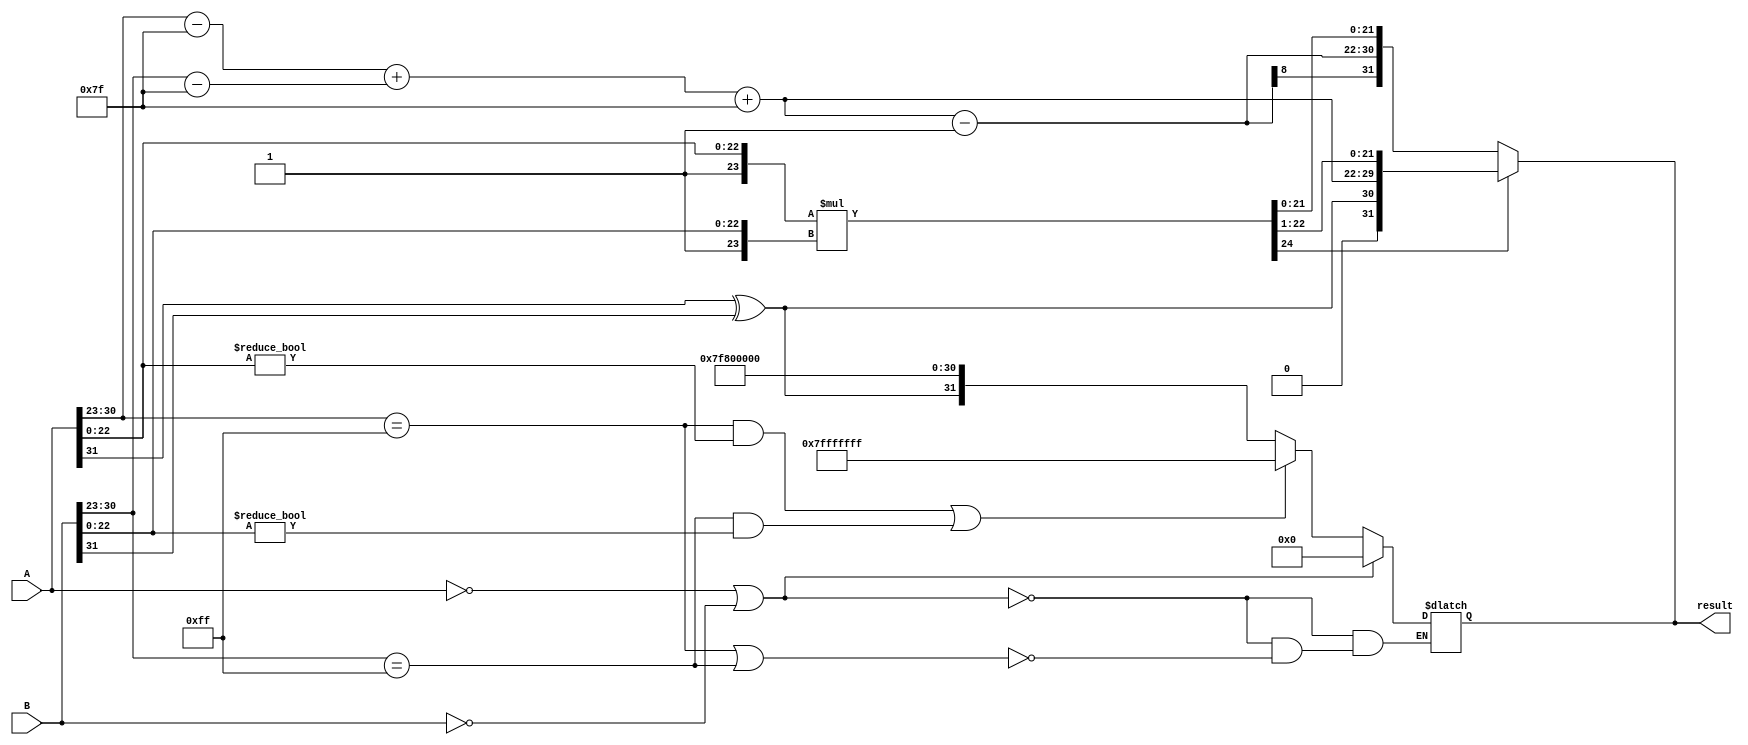
module fp_multiplier (
    input  wire [31:0] A,  // First floating-point number
    input  wire [31:0] B,  // Second floating-point number
    output reg  [31:0] result // Resulting floating-point number
);

    // Constants
    parameter BIAS = 8'd127;
    parameter EXPONENT_WIDTH = 8;
    parameter MANTISSA_WIDTH = 23;

    // Internal signals
    wire sign_A, sign_B, sign_result;
    wire [EXPONENT_WIDTH-1:0] exponent_A, exponent_B, exponent_result;
    wire [MANTISSA_WIDTH-1:0] mantissa_A, mantissa_B;
    wire [MANTISSA_WIDTH+1:0] mantissa_result; // 24 bits to accommodate normalization
    wire [7:0] exponent_adjusted_A, exponent_adjusted_B;
    wire [7:0] exponent_raw_result;

    // Extract sign, exponent, and mantissa from inputs
    assign sign_A = A[31];
    assign exponent_A = A[30:23];
    assign mantissa_A = A[22:0];
    
    assign sign_B = B[31];
    assign exponent_B = B[30:23];
    assign mantissa_B = B[22:0];

    // Calculate sign of the result
    assign sign_result = sign_A ^ sign_B;

    // Adjust exponents (subtract bias)
    assign exponent_adjusted_A = exponent_A - BIAS;
    assign exponent_adjusted_B = exponent_B - BIAS;

    // Calculate raw exponent result
    assign exponent_raw_result = exponent_adjusted_A + exponent_adjusted_B + BIAS;

    // Normalize mantissas by adding implicit leading 1
    wire [MANTISSA_WIDTH:0] normalized_mantissa_A = {1'b1, mantissa_A};
    wire [MANTISSA_WIDTH:0] normalized_mantissa_B = {1'b1, mantissa_B};

    // Multiply mantissas
    assign mantissa_result = normalized_mantissa_A * normalized_mantissa_B;

    // Normalize the resulting mantissa and adjust the exponent if necessary
    always @(*) begin
        if (mantissa_result[MANTISSA_WIDTH+1]) begin // If mantissa result is 24 bits
            // Need to right shift (normalize)
            result = {sign_result, exponent_raw_result[EXPONENT_WIDTH-1:0], mantissa_result[MANTISSA_WIDTH-1:1]};
        end else begin
            // If mantissa is less than 1, left shift (normalize)
            result = {sign_result, exponent_raw_result[EXPONENT_WIDTH-1:0] - 1, mantissa_result[MANTISSA_WIDTH-2:0]};
        end
    end
    
    // Handle special cases for zero, infinity, and NaN
    always @(*) begin
        // Zero case
        if (A == 32'b0 || B == 32'b0) begin
            result = 32'b0;
        end
        // Infinity case
        else if (exponent_A == 8'hFF || exponent_B == 8'hFF) begin
            if ((exponent_A == 8'hFF && mantissa_A != 0) || (exponent_B == 8'hFF && mantissa_B != 0)) begin
                // NaN case
                result = 32'h7FFFFFFF; // Set NaN representation
            end else begin
                // Result is infinity
                result = {sign_result, 8'hFF, 23'b0};
            end
        end
        // Normal case handled in the previous always block
    end
    
endmodule